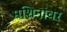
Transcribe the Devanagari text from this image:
मशिनांवर